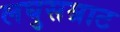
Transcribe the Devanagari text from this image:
लघुसम्राट